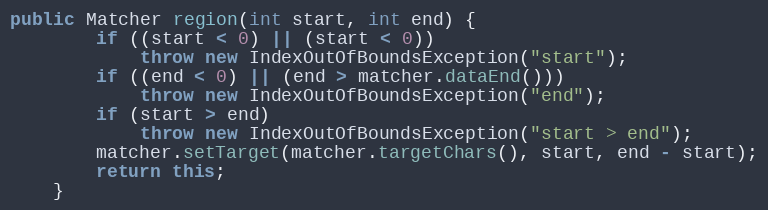
Language: Java
public Matcher region(int start, int end) {
        if ((start < 0) || (start < 0))
            throw new IndexOutOfBoundsException("start");
        if ((end < 0) || (end > matcher.dataEnd()))
            throw new IndexOutOfBoundsException("end");
        if (start > end)
            throw new IndexOutOfBoundsException("start > end");
        matcher.setTarget(matcher.targetChars(), start, end - start);
        return this;
    }